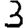
Digit: 3